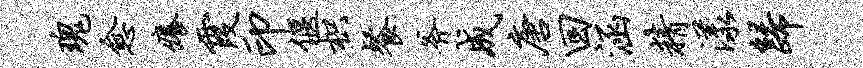
瑰愈痒霞印偃枳餐斧成唐回涵精漾归